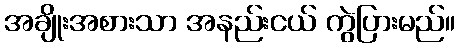
အချိုးအစားသာ အနည်းငယ် ကွဲပြားမည်။